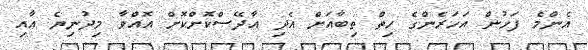
އެންމެ ފަހުން އަހަރެންގެ ހިތް ތިބާއަށް އެދި އާދޭސްކޮށްކޮށް އޮއްވާ މިދުނިޔެ އާއި